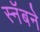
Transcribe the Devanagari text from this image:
स्नॅबने